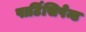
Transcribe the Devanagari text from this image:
पार्टिसिपेन्ट